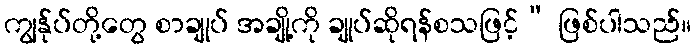
ကျွန်ုပ်တို့တွေ စာချုပ် အချို့ကို ချုပ်ဆိုရန်စသဖြင့်” ဖြစ်ပါသည်။